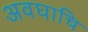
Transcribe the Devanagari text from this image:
अवघाचि